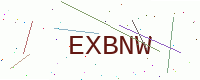
Text: EXBNW